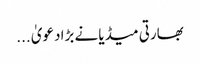
بھارتی میڈیا نے بڑا دعویٰ ...